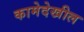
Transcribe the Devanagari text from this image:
कामेदेखील